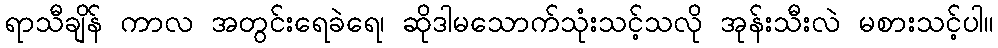
ရာသီချိန် ကာလ အတွင်းရေခဲရေ၊ ဆိုဒါမသောက်သုံးသင့်သလို အုန်းသီးလဲ မစားသင့်ပါ။